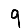
Digit: 9